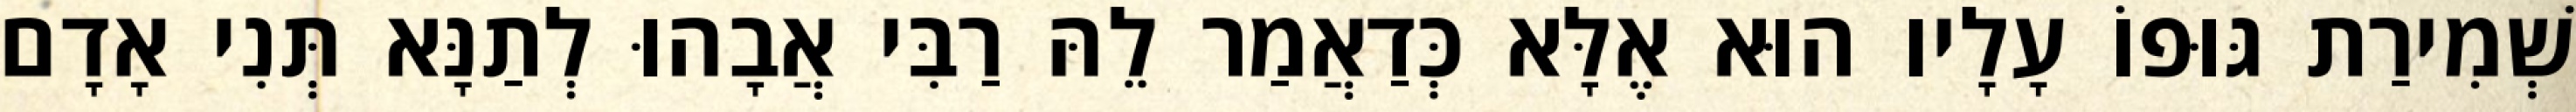
שְׁמִירַת גּוּפוֹ עָלָיו הוּא אֶלָּא כְּדַאֲמַר לֵהּ רַבִּי אֲבָהוּ לְתַנָּא תְּנִי אָדָם